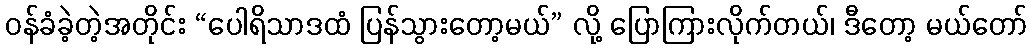
ဝန်ခံခဲ့တဲ့အတိုင်း “ပေါရိသာဒထံ ပြန်သွားတော့မယ်” လို့ ပြောကြားလိုက်တယ်၊ ဒီတော့ မယ်တော်